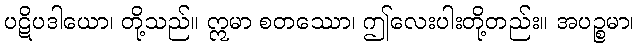
ပဋိပဒါယော၊ တို့သည်။ ဣမာ စတဿော၊ ဤလေးပါးတို့တည်း။ အပဉ္စမာ၊